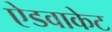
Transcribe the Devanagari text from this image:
ऐडवाकेट